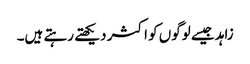
زاہد جیسے لوگوں کو اکثر دیکھتے رہتے ہیں۔